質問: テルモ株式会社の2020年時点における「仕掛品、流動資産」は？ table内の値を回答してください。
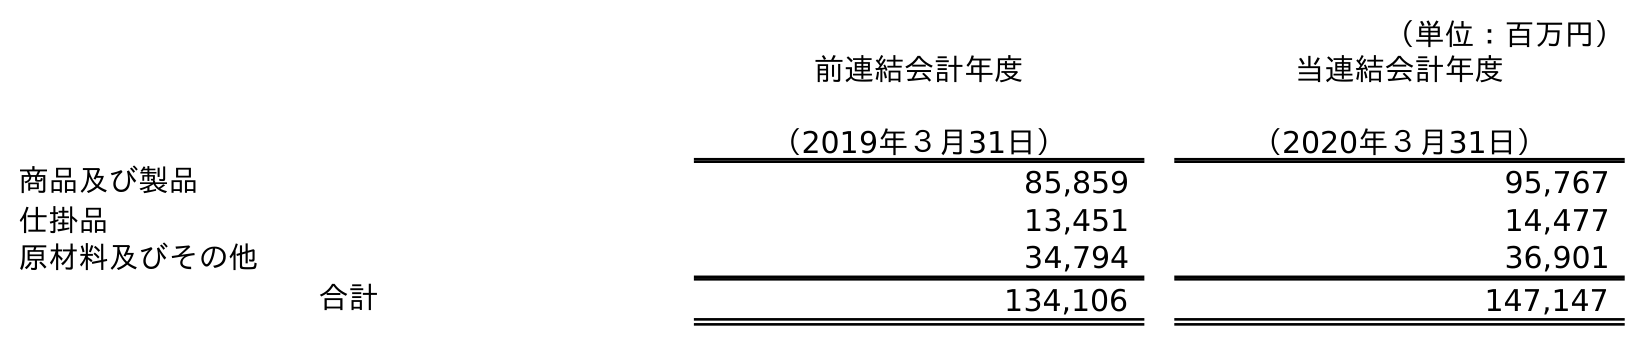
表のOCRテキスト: （単位：百万円） 前連結会計年度 （2019年３月31日） 当連結会計年度 （2020年３月31日） 商品及び製品 85,859 95,767 仕掛品 13,451 14,477 原材料及びその他 34,794 36,901 合計 134,106 147,147
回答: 14,477